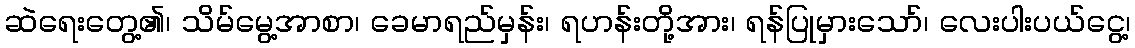
ဆဲရေးတွေ့၏၊ သိမ်မွေ့အာစာ၊ ခေမာရည်မှန်း၊ ရဟန်းတို့အား၊ ရန်ပြုမှားသော်၊ လေးပါးပယ်ငွေ့၊